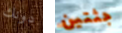
دونك جثتين